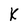
Character: K